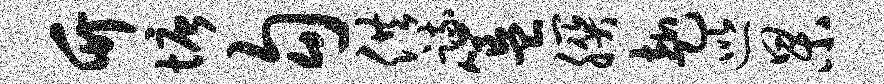
竹塘勾供疏簋朕赴巡杲